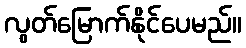
လွတ်မြောက်နိုင်ပေမည်။